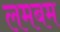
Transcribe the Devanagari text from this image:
लमबम